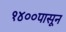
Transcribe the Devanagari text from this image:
१४००पासून